Report on the cultivation and use of ganja
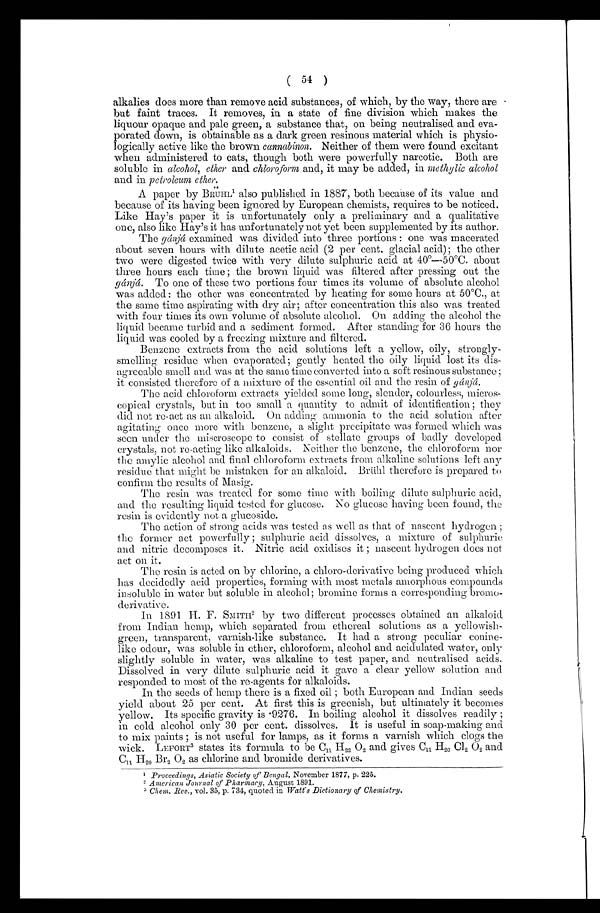
( 54 )
alkalies does more than remove acid substances, of which, by the way, there are -
but faint traces. It removes, in a state of fine division which makes the
liquour opaque and pale green, a substance that, on being neutralised and eva
porated down, is obtainable as a dark green resinous material which is physio
logically active like the brown cann abin on. Neither of them were found excitant
when administered to cats, though both were powerfully narcotic. Both are
soluble in alcohol, ether and chloroform and, it may be added, in methylic alcohol
and in petroleum ether
A paper by BRUHL 1 also published in 1887, both because of its value and
because of its having been ignored by European chemists, requires to be noticed.
Like Hay's paper it is unfortunately only a preliminary and a qu al it at iv e
one, also like Hay's it has unfortunately not yet been supplemented by its author.
The gánjá examined was divided into three portions : one was macerated
about seven hours with dilute acetic acid (2 per cent. glacial acid); the other
two were digested twice with very dilute sulphuric acid at 40°—50°C. about
three hours each time ; the brown liquid was filtered after pressing out the
gánjá. To one of these two portions four times its volume of absolute alcohol
was added : the other was concentrated by heating for some hours at 50°C., at
the same time aspirating with dry air; after concentration this also was treated
with four times its own volume of absolute alcohol. On adding the alcohol the
liquid became turbid and a sediment formed. After standing for 36 hours the
liquid was cooled by a freezing mixture and filtered.
Benzene extracts from_ the acid solutions left a yellow, oily, strongly-
smelling residue when evaporated ; gently heated the oily liquid lost its dis
agreeable smell and was at the same time converted into a soft resinous substance;
it consisted therefore of a mixture of the essential oil and the resin ofgánjá.
The acid chloroform extracts yielded some long, slender, colourless, micros
copical crystals, but in too small a quantity to admit of identification; they
did not re-act as an alkaloid. On adding ammonia to the acid solution after
agitating once more with benzene, a slight precipitate was formed which was
seen under the mis cro sco pe to consist of stellate groups of badly developed
crystals, not re-acting like alkaloids. Neither the benzene, the chloroform nor
the amyli c alcohol and final chloroform extracts from alkaline solutions left any
residue that might be mistaken for an alkaloid. Bri ihl therefore is prepared to
confirm the results of Masig.
The resin was treated for some time with boiling dilute sulphuric acid,
and the resulting liquid tested for glucose. No glucose having been found, the
resin is evidently not a glucoside.
The action of strong acids was tested as well as that of nascent hydrogen ;
the former act powerfully ; sulphuric acid dissolves, a mixture of sulphuric
and nitric decomposes it. Nitric acid oxidises it ; nascent hydrogen does not
act on it.
The resin is acted on by chlorine, a chlor o -deriv ative being produced which
has decidedly acid properties, forming with most metals amorphous compounds
insoluble in water but soluble in alcohol; bromine forms a corresponding bromo
derivative.
In 1891 H. F. SMITH 2 by two different processes obtained an alkaloid
from Indian hemp, which separated from ethereal solutions as a yellowish-
green, transparent, varnish-like substance. It had a strong peculiar conine
like odour, was soluble in ether, chloroform, alcohol and acidulated water, only
slightly soluble in water, was alkaline to test paper, and neutralised acids.
Dissolved in very dilute sulphuric acid it gave a clear yellow solution and
responded to most of the re-agents for alkaloids.
In the seeds of hemp there is a fixed oil ; both European and Indian seeds
yield about 25 per cent. At first this is greenish, but ultimately it becomes
yellow. Its specific gravity is 9276. In boiling alcohol it dissolves readily ;
in cold alcohol only 30 per cent. dissolves. It is useful in soap-making and
to mix pai nt s ; is not us efu l for lam ps , as it for ms a var ni sh whi ch clo gs th e
wick. LEFORT 3 states its formula to be C 11 H22 0 2 and gives C 11 H 20 Cl 2 O2
and
C11
1 Proceedings, Asiatic Society ofBengal, November 1877, p. 225.
American
2 Journal ofPharmacy, August 189 1.
3 Chem. Rem, vol. 35, p. 734, quoted in Watt's Dictionary of Chemistry.
4H20 Br2 O2 as chlorine and bromide derivatives.